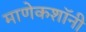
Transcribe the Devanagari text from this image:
माणेकशॉनी